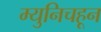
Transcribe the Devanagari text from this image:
म्युनिचहून